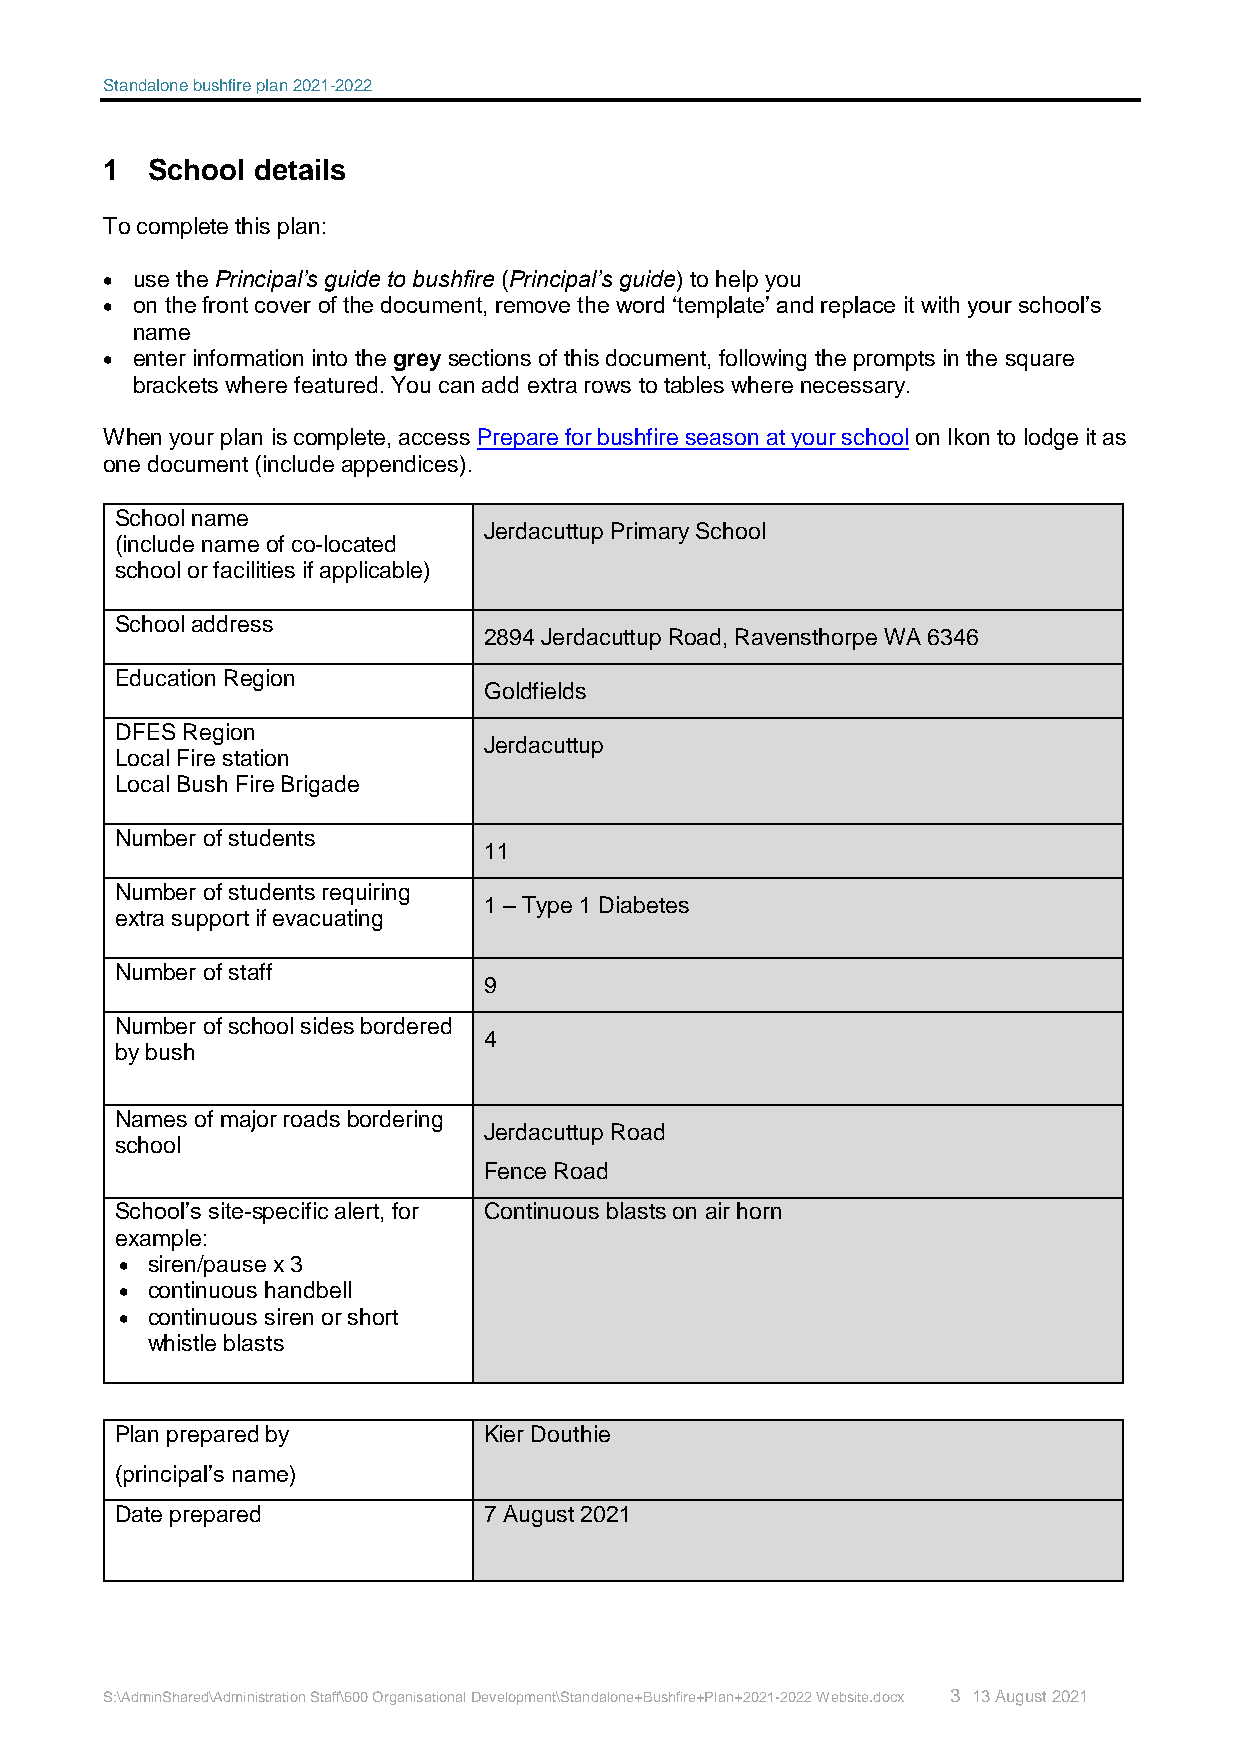
Standalone bushfire plan 2021-2022
 1  School details
 To complete this plan:
  use the Principal’s guide to bushfire (Principal’s guide) to help you
  on the front cover of the document, remove the word ‘template’ and replace it with your school’s
 name
  enter information into the grey sections of this document, following the prompts in the square
 brackets where featured. You can add extra rows to tables where necessary.
 When your plan is complete, access Prepare for bushfire season at your school on Ikon to lodge it as
 one document (include appendices).
 School name
 Jerdacuttup Primary School
 (include name of co-located
 school or facilities if applicable)
 School address
 2894 Jerdacuttup Road, Ravensthorpe WA 6346
 Education Region
 Goldfields
 DFES Region
 Jerdacuttup
 Local Fire station
 Local Bush Fire Brigade
 Number of students
 11
 Number of students requiring
 1 – Type 1 Diabetes
 extra support if evacuating
 Number of staff
 9
 Number of school sides bordered
 4
 by bush
 Names of major roads bordering
 Jerdacuttup Road
 school
 Fence Road
 School’s site-specific alert, for Continuous blasts on air horn
 example:
  siren/pause x 3
  continuous handbell
  continuous siren or short
 whistle blasts
 Plan prepared by        Kier Douthie
 (principal’s name)
 Date prepared           7 August 2021
 S:\AdminShared\Administration Staff\600 Organisational Development\Standalone+Bushfire+Plan+2021-2022 Website.docx 3 13 August 2021